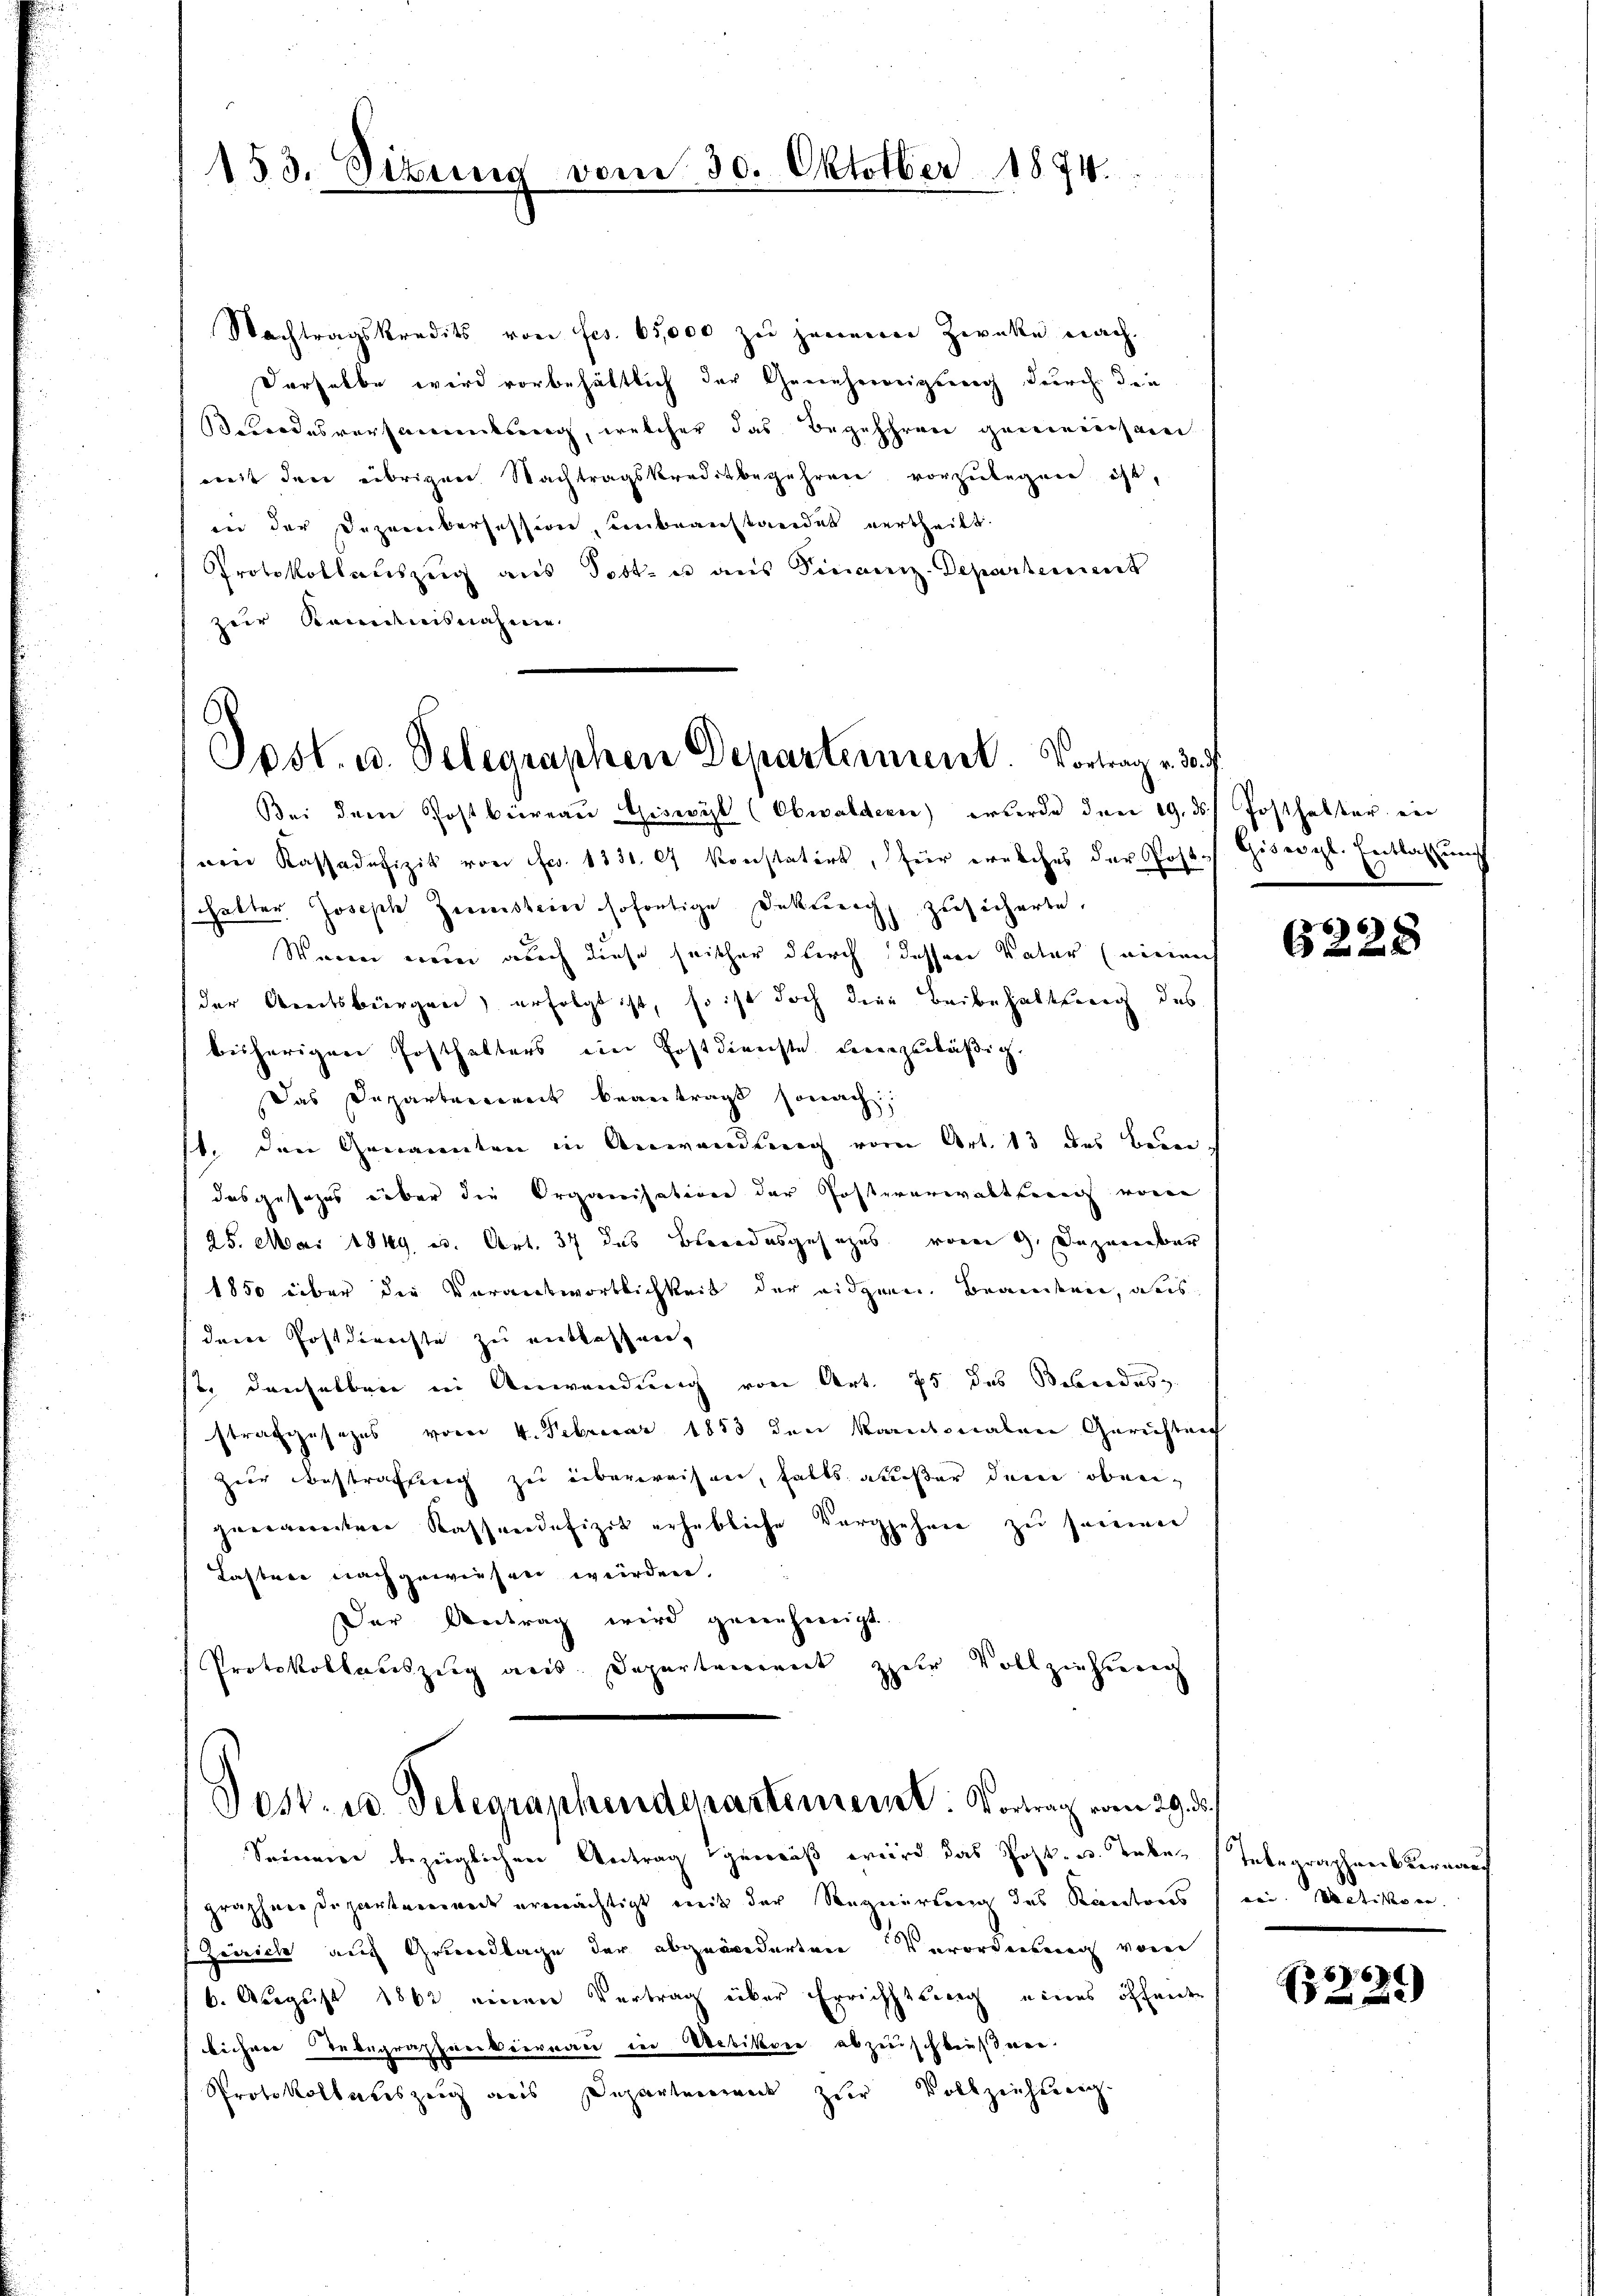
Nachtragskredits von fes. 65,000 zu jenener Zwecke nach
Derselbe wird vorbehältlich der Genehmigung durch den
rodesversammlung, welcher das Begehren gemeinsame
weit den übrigen Nachtragskreditbegehren vorzulegen ist,
in der Dezembersession, unbeanstandet vertheilt.
Protokollauszug aus Post- u aus Finanz-Departement
zur Ramdenisnahmen.

153. Situng vom 30. Oktober 1874.

Post. u. Telegraphen Departement. Vortrag v. 3.

Bei dem Postbüreau Giswyl (Obwaldern wurde den 19. ds Posthalter ein
wen Kassadefizit von Fr. 1331. 67 konstatirt, für ernsches der Post 8
halter Joseph Zustein sofortige Doktorach, zusicherte,
Waren waren auch diese seither durch dessene Vater einrich
der Abreitsbergen, erfolgt ist, so ist doch die Beibehaltung des
bisherigen Posthalters eine Postdirechte derenzuläßig.
Das Departement beantragt sonach
st. Den Genannten in Anwendung vom Art. 13 des Bundas gesezes über die Organisation der Postverwalten von
25. Mai 1849 es. Art. 37 das Beendesgesezes vom 9. Dezember
1850 über die Verantwortlichkeit der eidgen. Brandten, aus
dem Postdienste zu entlassen,
st. denselben in Anwendung von Art. 75 das Beberdes
strafgesezes vom 4. Februar 1853 den kantonalen Gerichtung
zner Bestraffung zu überweisen, falls außer dem obengenannten Kassendefizit erhebliche Vorgehren zu seinen
Laster nachgewiesen werden.
Der Antrag wird genehmigt.
Protokollauszug aus. Departement zur Vollziehung

Post- u. Delegraphendepartement. Vortrag vom 29. ds.
Seineren bezüglichen Antrag gemäß wird das Post- u. Leben

graphneisepartemenade ermächtigt mit der Seegnirtung des Kantons
Zeirich auch Grundlage der abgeworderten Verordnung vom
6. August 1862 einen Vertrag über Errichtung eines öffenen
bihrer Telegraphareviernach den Debitore abzuschkeit wer¬
Protokollauszeig aus Departement zur Vollziehung

Gisel. Entlassung

6)
6228

Telegraphen Verwan
rei. Metikon. |

66.
 xxx